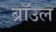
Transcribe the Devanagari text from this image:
ब्राॅउल